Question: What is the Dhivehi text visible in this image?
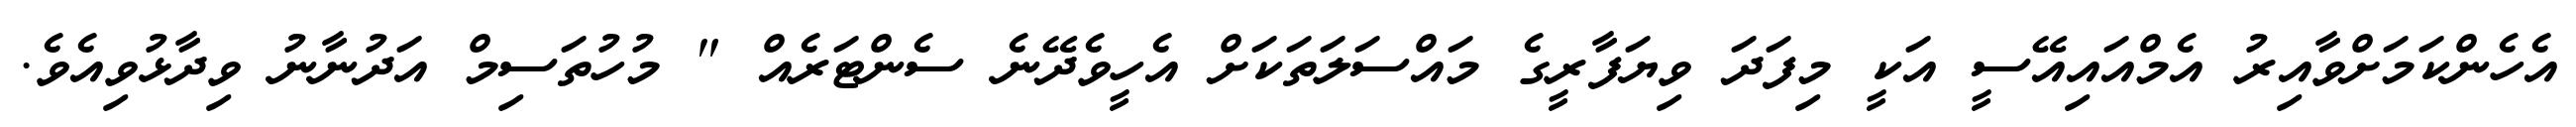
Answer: އެހެންކަމަށްވާއިރު އެމްއައިއޭސީ އަކީ މިފަދަ ވިޔަފާރީގެ މައްސަލަތަކަށް އެހީވެދޭނެ ސެންޓަރެއް " މުހުތަސިމް އަދުނާނު ވިދާޅުވިއެވެ.